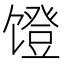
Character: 𬳒